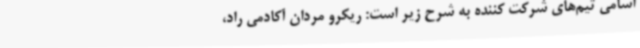
اسامی تیم‌های شرکت کننده به شرح زیر است: ریکرو مردان آکادمی راد،